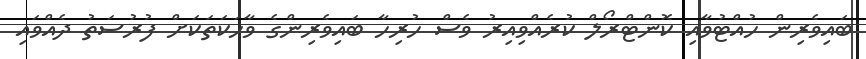
ބައިވެރިން ހުއްޓުވާއި ކޮންޓްރޯލް ކުރެއްވިއިރު ވެސް ހުރިހާ ބައިވެރިންގެ ވާހަކަތަކަށް ފުރުސަތު ދެއްވައި